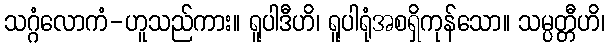
သဂ္ဂံလောကံ-ဟူသည်ကား။ ရူပါဒီဟိ၊ ရူပါရုံအစရှိကုန်သော။ သမ္ပတ္တီဟိ၊